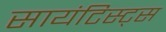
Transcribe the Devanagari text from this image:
सायंटिस्ट्स